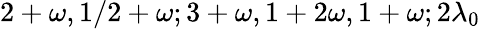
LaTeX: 2+\omega,1/2+\omega;3+\omega,1+2\omega,1+\omega;2\lambda_{0}